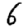
Digit: 6